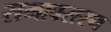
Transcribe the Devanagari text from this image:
समावसरण